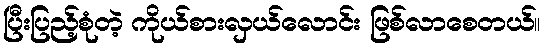
ပြီးပြည့်စုံတဲ့ ကိုယ်စားလှယ်လောင်း ဖြစ်လာစေတယ်။